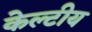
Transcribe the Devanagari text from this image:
केल्टीय